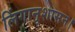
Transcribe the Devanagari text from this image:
लिंगानुशासन।